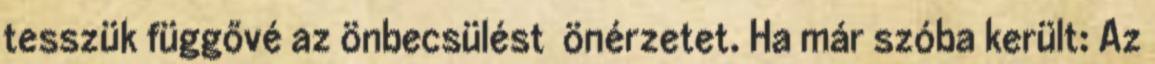
tesszük függővé az önbecsülést önérzetet. Ha már szóba került: Az